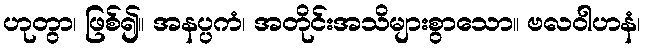
ဟုတွာ၊ ဖြစ်၍။ အနပ္ပကံ၊ အတိုင်းအသိများစွာသော။ ဗလဝါဟနံ၊